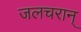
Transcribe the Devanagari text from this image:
जलचरान्